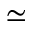
\simeq